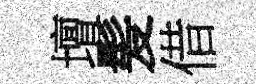
壇髪借